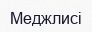
Меджлисі